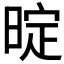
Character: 𭦤